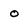
Character: 0